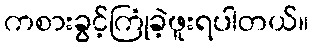
ကစားခွင့်ကြုံခဲ့ဖူးရပါတယ်။